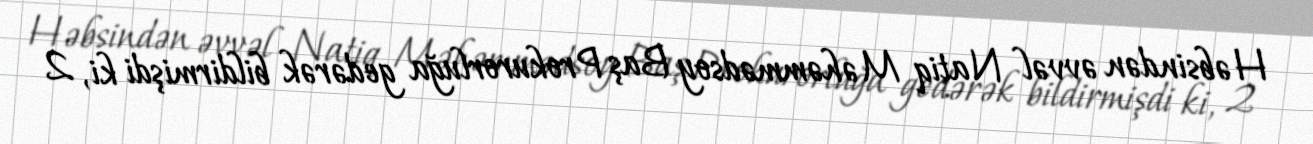
Həbsindən əvvəl Natiq Məhəmmədsoy Baş Prokurorluğa gedərək bildirmişdi ki, 2